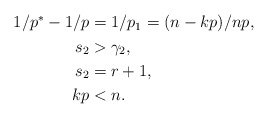
\begin{align*}\aligned 1/p^*-1/p&=1/p_1=(n-k p)/np,\\ s_2&>\gamma_2,\\ s_2&=r+1,\\ kp&<n.\endaligned\end{align*}